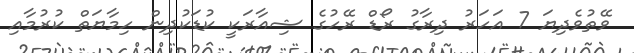
ވޭތުވެދިޔަ 7 އަހަރު ދިރާގު ރޯޑް ރޭހުގެ ޝިއާރަކީ ކުޑަކުދިން ހިމާޔަތް ކުރުމާއި